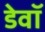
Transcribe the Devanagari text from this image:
डेवॉ